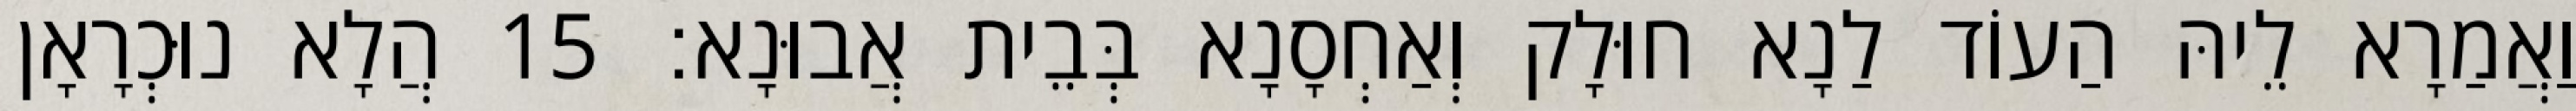
וַאֲמַרָא לֵיהּ הַעוֹד לַנָא חוּלָק וְאַחְסָנָא בְּבֵית אֲבוּנָא׃ 15 הֲלָא נוּכְרָאָן